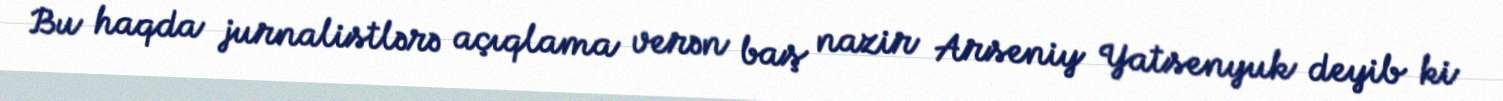
Bu haqda jurnalistlərə açıqlama verən baş nazir Arseniy Yatsenyuk deyib ki